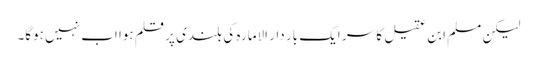
لیکن مسلم ابن عقیل کا سر ایک بار دار الامارہ کی بلندی پر قلم ہوا اب نہیں ہوگا۔